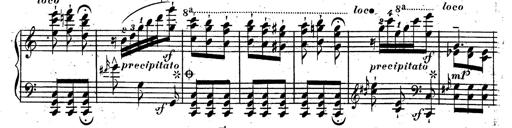
Title: Rondeau fantastique sur un thÃ¨me espagnol
Composer: Franz Liszt